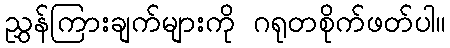
ညွှန်ကြားချက်များကို ဂရုတစိုက်ဖတ်ပါ။